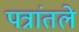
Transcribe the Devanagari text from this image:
पत्रांतले